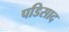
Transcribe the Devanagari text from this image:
पडिसाद